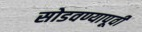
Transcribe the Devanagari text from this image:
सोडवण्यापूर्वी